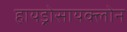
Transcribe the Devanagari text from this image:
हायड्रोसायक्लोन